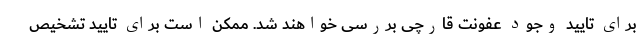
برای تایید وجود عفونت قارچی بررسی خواهند شد. ممکن است برای تایید تشخیص